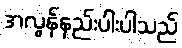
အလွန်နည်းပါးပါသည်